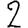
Digit: 2